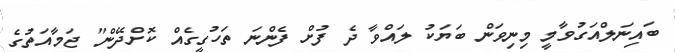
ބައިނަލްއަގުވާމީ މިނިވަން ބަޔަކު ލައްވާ ދެ ފުށް ފެންނަ ތަހުގީގެއް ކޮށްދޭން" ޖަމާއަތުގެ